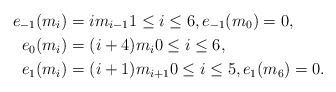
\begin{align*}e_{-1}(m_i)&=im_{i-1} 1 \leq i \leq 6, e_{-1}(m_0) = 0, \\e_0(m_i)&=(i+4)m_i 0 \leq i \leq 6, \\e_1(m_i)&=(i+1)m_{i+1} 0 \leq i \leq 5, e_1(m_6) = 0.\end{align*}